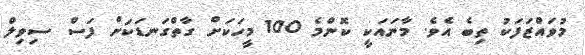
މުވައްޒަފަކު ތިބެ އެވެ. މާނައަކީ ކޮންމެ 100 މީހަކަށް ގާތްގަނޑަކަށް ފަސް ސިވިލް